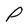
Character: P